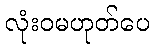
လုံးဝမဟုတ်ပေ